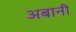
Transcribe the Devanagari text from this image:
अबानी